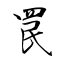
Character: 罠